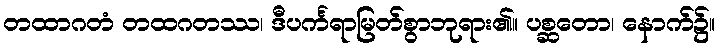
တထာဂတံ တထဂတဿ၊ ဒီပင်္ကရာမြတ်စွာဘုရား၏။ ပစ္ဆတော၊ နောက်၌။